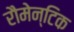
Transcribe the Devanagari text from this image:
रौमेन्टिक